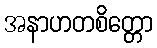
အနာဟတစိတ္တော